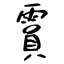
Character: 霣